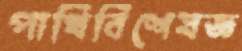
পাখিবিশেষজ্ঞ